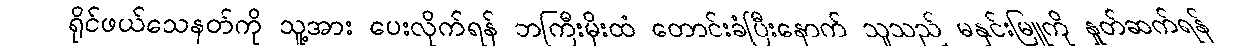
ရိုင်ဖယ်သေနတ်ကို သူ့အား ပေးလိုက်ရန် ဘကြီးမိုးထံ တောင်းခံပြီးနောက် သူသည် မနှင်းမြူကို နှုတ်ဆက်ရန်